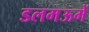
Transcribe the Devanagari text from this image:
डलमऊमें